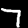
Digit: 7